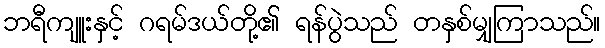
ဘရီကျူးနှင့် ဂရမ်ဒယ်တို့၏ ရန်ပွဲသည် တနှစ်မျှကြာသည်။